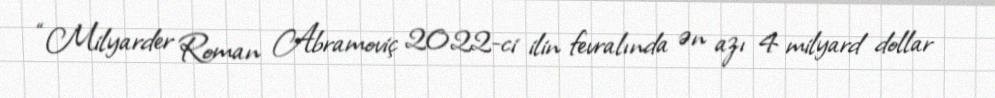
“Milyarder Roman Abramoviç 2022-ci ilin fevralında ən azı 4 milyard dollar